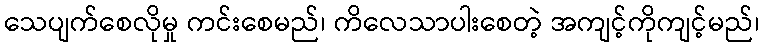
သေပျက်စေလိုမှု ကင်းစေမည်၊ ကိလေသာပါးစေတဲ့ အကျင့်ကိုကျင့်မည်၊